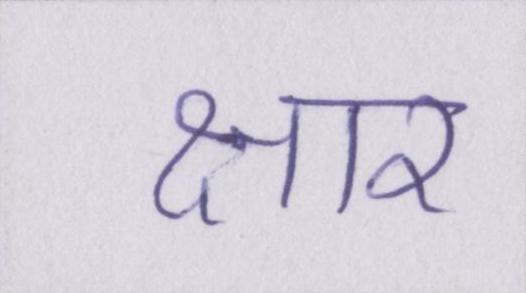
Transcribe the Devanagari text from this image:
क्षार